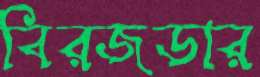
বিরজডার